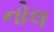
નોલ